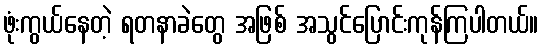
ဖုံးကွယ်နေတဲ့ ရတနာခဲတွေ အဖြစ် အသွင်ပြောင်းကုန်ကြပါတယ်။